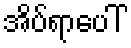
အိပ်ရာပေါ်